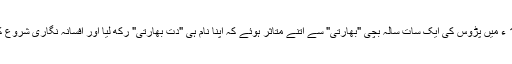
1944 ء میں پڑوس کی ایک سات سالہ بچی "بھارتی" سے اتنے متاثر ہوئے کہ اپنا نام ہی "دت بھارتی" رکھ لیا اور افسانہ نگاری شروع کر دی۔